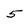
Character: 5